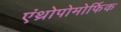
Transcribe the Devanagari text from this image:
एंथ्रोपोमोर्फिक